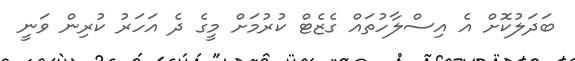
ބަދަލުކޮށް އެ އިސްލާހުތައް ގެޒެޓް ކުރުމަށް މީގެ ދެ އަހަރު ކުރިން ވަނީ